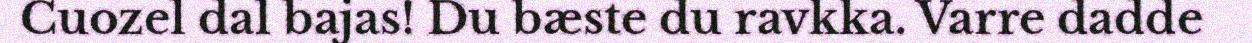
Cuozel dal bajas! Du bæste du ravkka. Varre dadde